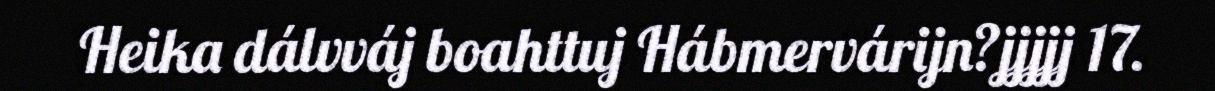
Heika dálvváj boahttuj Hábmervárijn?jjjjj 17.